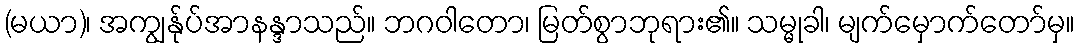
(မယာ)၊ အကျွန်ုပ်အာနန္ဒာသည်။ ဘဂဝါတော၊ မြတ်စွာဘုရား၏။ သမ္မုခါ၊ မျက်မှောက်တော်မှ။